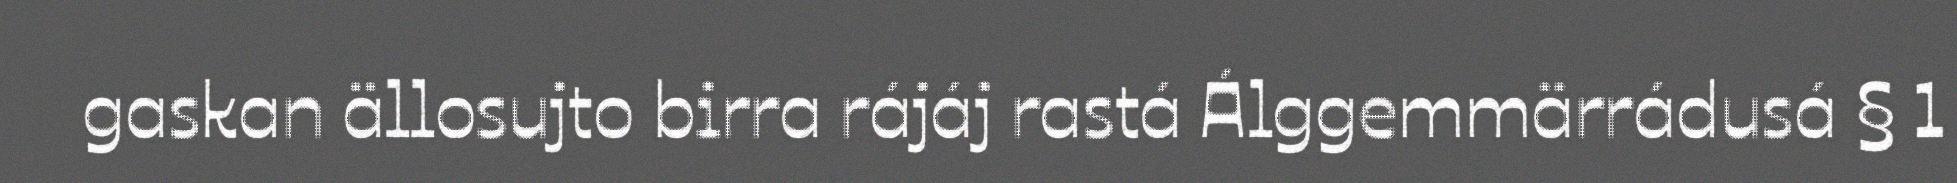
gaskan ällosujto birra rájáj rastá Álggemmärrádusá § 1